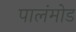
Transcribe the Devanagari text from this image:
पालंमोड